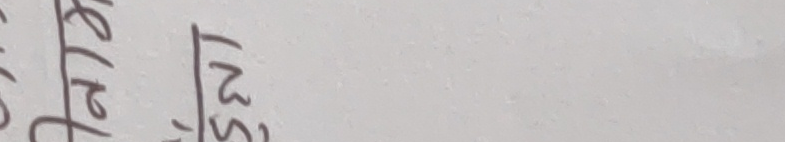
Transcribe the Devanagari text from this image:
माथिबाट
नचल्नु